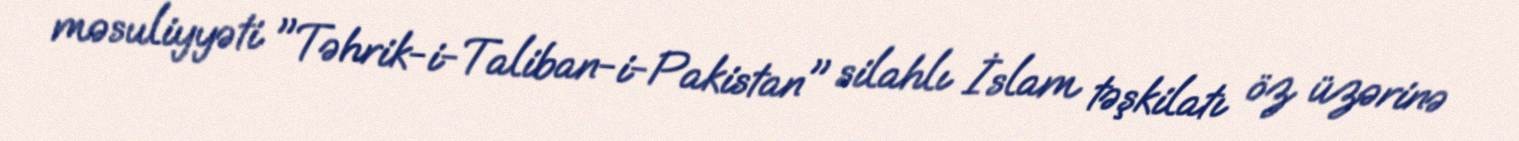
məsuliyyəti "Təhrik-i-Taliban-i-Pakistan" silahlı İslam təşkilatı öz üzərinə